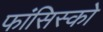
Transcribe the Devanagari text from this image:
फांसिस्को